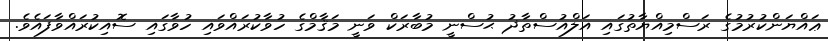
ޢައްޔަންކުރުމުގެ ރަސްމިއްޔާތުގައި އަލްއުސްތާޛު ޙުސްނީ މުބާރަކް ވަނީ މަޤާމްގެ ހުވާކުރައްވައި ހުވާގައި ސޮއިކުރައްވާފައެވެ.